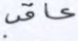
عاقب